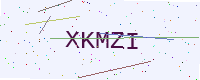
Text: XKMZI